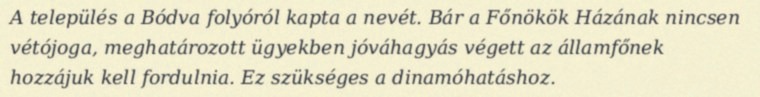
A település a Bódva folyóról kapta a nevét. Bár a Főnökök Házának nincsen vétójoga, meghatározott ügyekben jóváhagyás végett az államfőnek hozzájuk kell fordulnia. Ez szükséges a dinamóhatáshoz.